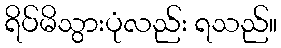
ရိပ်မိသွားပုံလည်း ရသည်။